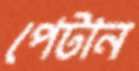
পেটান